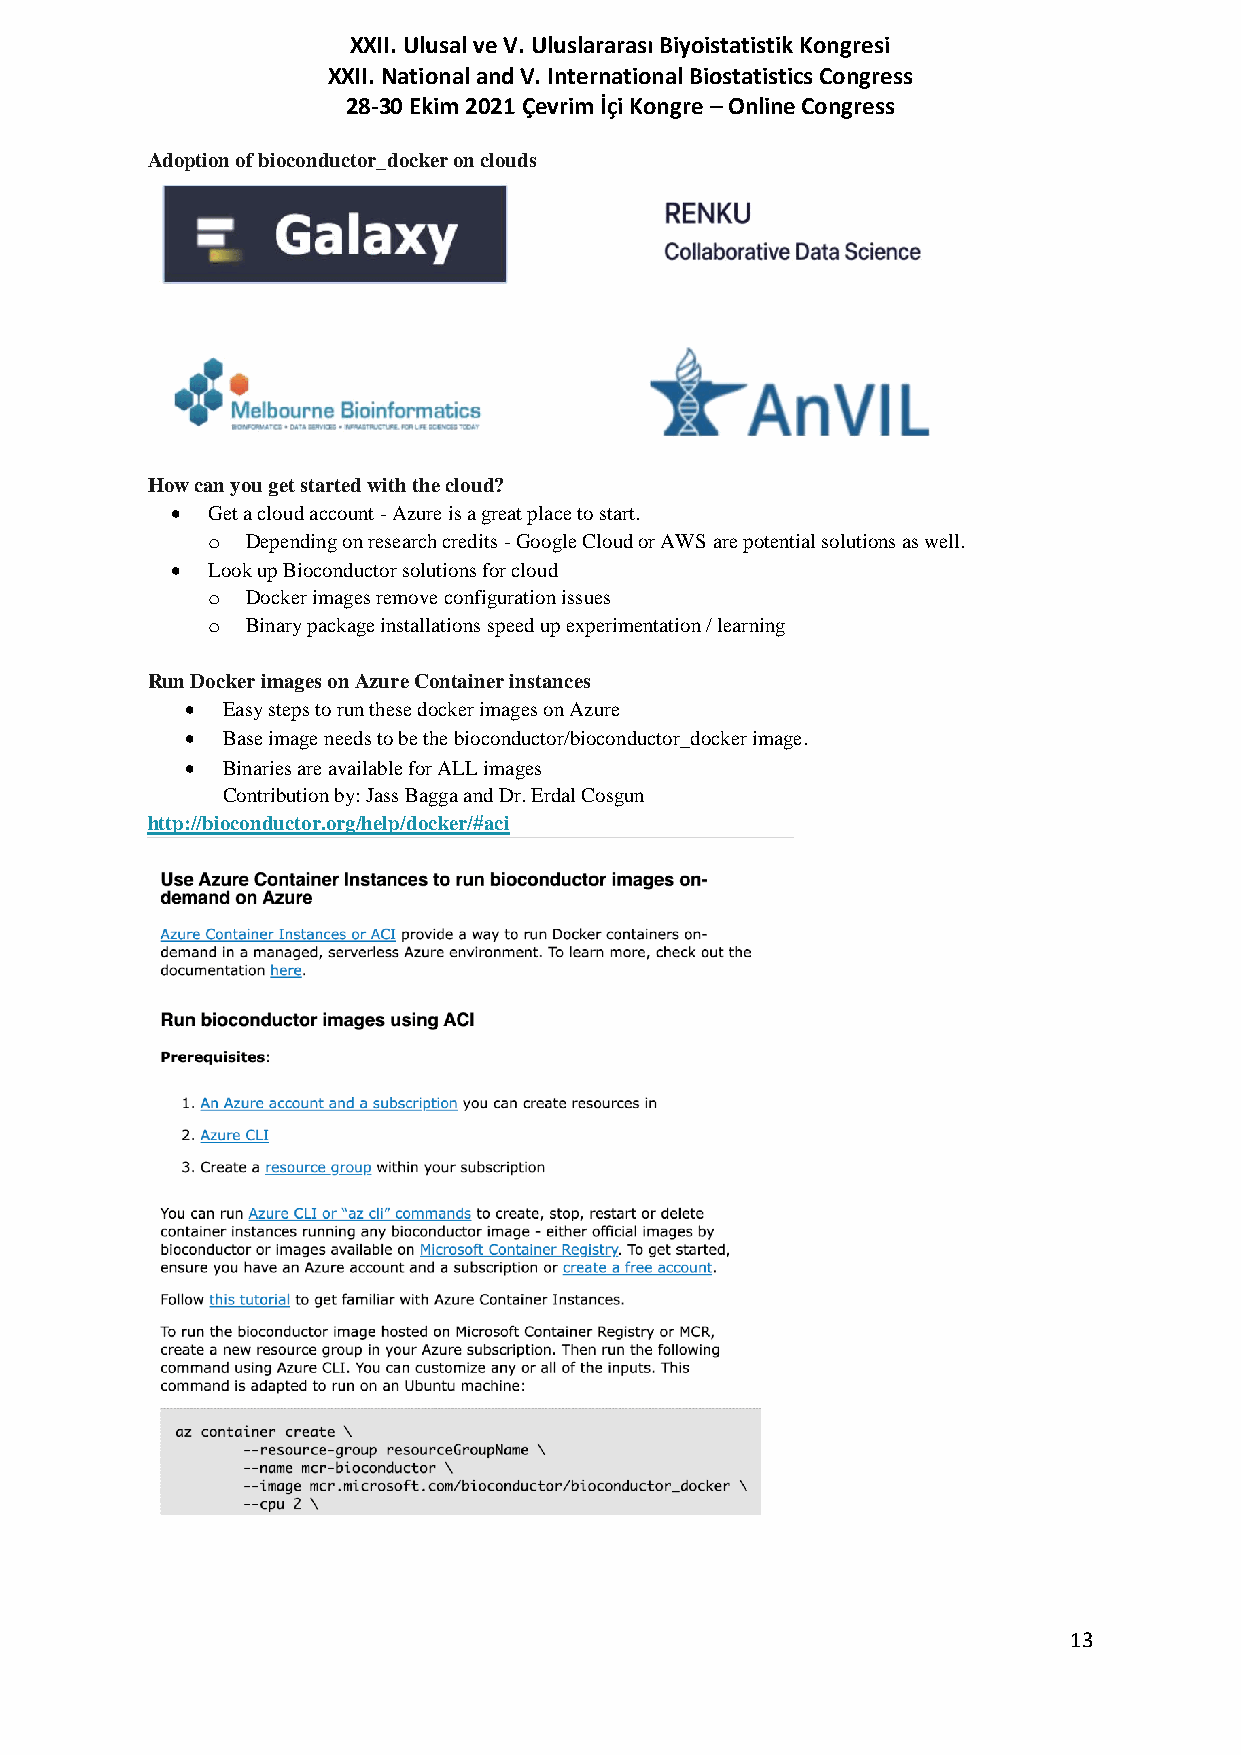
XXII. Ulusal ve V. Uluslararası Biyoistatistik Kongresi
 XXII. National and V. International Biostatistics Congress
 28-30 Ekim 2021 Çevrim İçi Kongre – Online Congress
 Adoption of bioconductor_docker on clouds
 How can you get started with the cloud?
   Get a cloud account - Azure is a great place to start.
 o Depending on research credits - Google Cloud or AWS are potential solutions as well.
   Look up Bioconductor solutions for cloud
 o Docker images remove configuration issues
 o Binary package installations speed up experimentation / learning
 Run Docker images on Azure Container instances
   Easy steps to run these docker images on Azure
   Base image needs to be the bioconductor/bioconductor_docker image.
   Binaries are available for ALL images
 Contribution by: Jass Bagga and Dr. Erdal Cosgun
 http://bioconductor.org/help/docker/#aci
 13